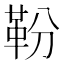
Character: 𩉵